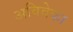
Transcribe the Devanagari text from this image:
अविवेका